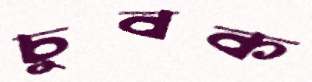
চুবক